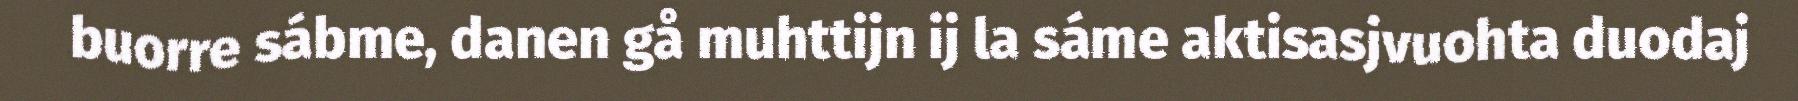
buorre sábme, danen gå muhttijn ij la sáme aktisasjvuohta duodaj